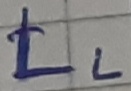
Text: LL